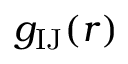
g _ { \mathrm { I J } } ( r )